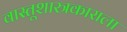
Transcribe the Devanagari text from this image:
वास्तूशास्त्रकाराला